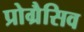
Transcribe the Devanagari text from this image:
प्रोग्रैसिव